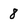
Character: 8